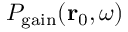
P _ { \mathrm { g a i n } } ( \mathbf { r } _ { 0 } , \omega )